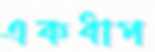
একধাপ